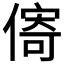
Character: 𪝣